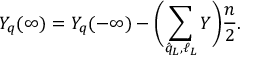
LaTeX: Y _ { q } ( \infty ) = Y _ { q } ( - \infty ) - \biggl ( \sum _ { \hat { q } _ { L } , \ell _ { L } } Y \biggr ) \frac { n } { 2 } .